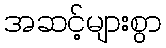
အဆင့်များစွာ